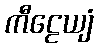
ကီဠေယျံ